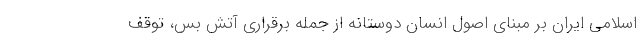
اسلامی ایران بر مبنای اصول انسان دوستانه از جمله برقراری آتش بس، توقف